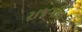
રાજગીત